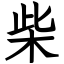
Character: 柴